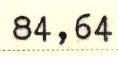
84,64